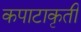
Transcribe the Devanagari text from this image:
कपाटाकृती